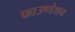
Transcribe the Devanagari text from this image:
फाउण्‍डेशन